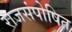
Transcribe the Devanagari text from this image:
राजसंपोषित